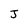
Character: J